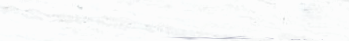
مطعم دار الحنان يقدم لكم